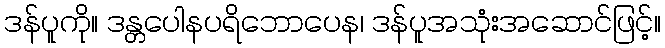
ဒန်ပူကို။ ဒန္တပေါနပရိဘောပေန၊ ဒန်ပူအသုံးအဆောင်ဖြင့်။